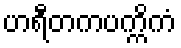
ဟရီတကပက္ကိကံ